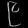
Digit: ၉